King Institute of Preventive Medicine Bacteriolog. Section reports 1907-08
Year: 1907
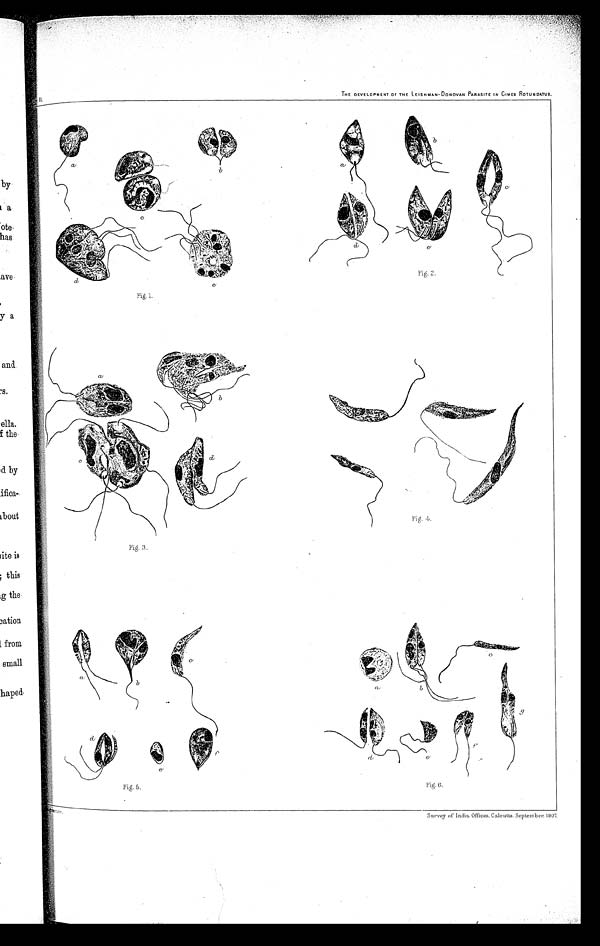
THE DEVELOPMENT OF THE LEISHMAN-DONOVAN PARASITE IN CIMEX ROTUNDATUS.
Survey of India Offices. Calcutta. September 1907.